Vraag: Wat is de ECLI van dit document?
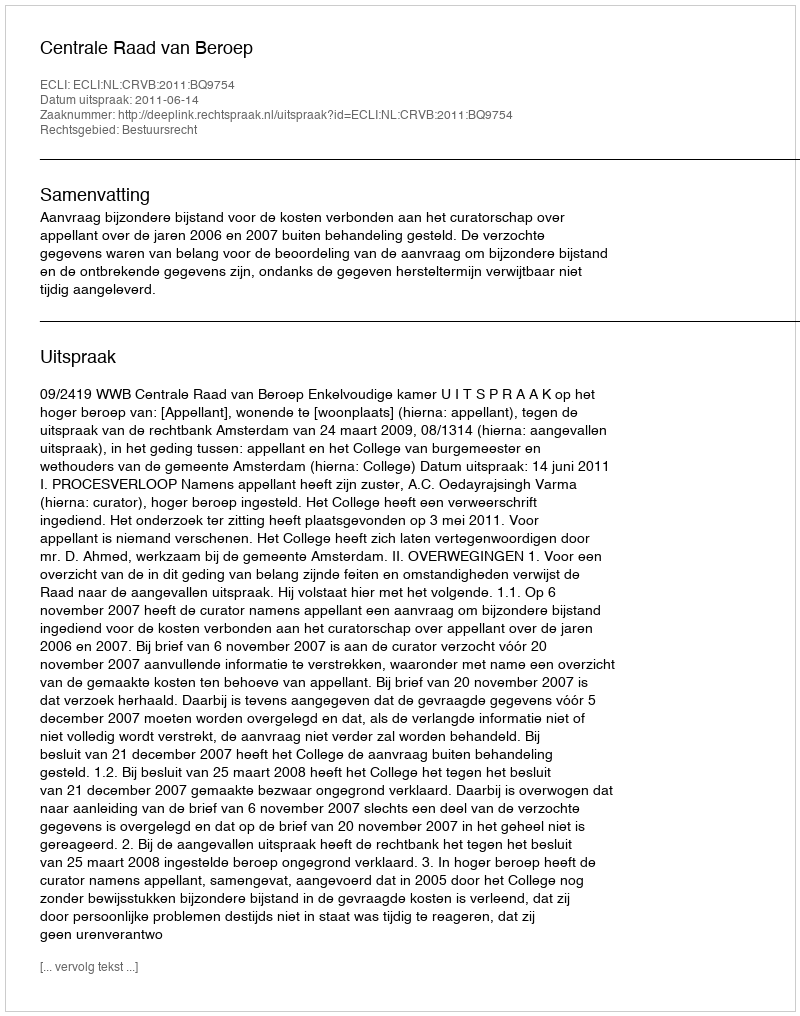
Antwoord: ECLI:NL:CRVB:2011:BQ9754